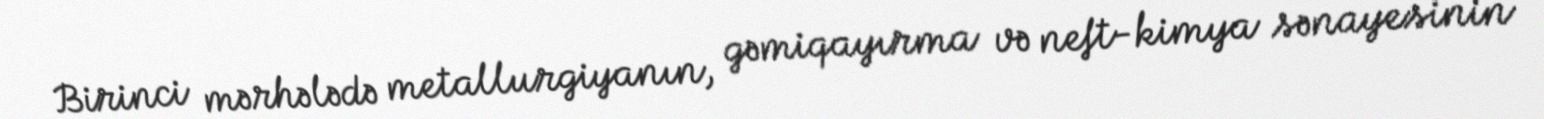
Birinci mərhələdə metallurgiyanın, gəmiqayırma və neft-kimya sənayesinin